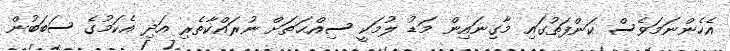
އެހެންނަމަވެސް ކަންފަތުގައި މާގިނައިން މަޑު ލުމަކީ ސިއްޙަތަށް ނުރައްކާތެރި އަދި އެކަމުގެ ސަބަބުން